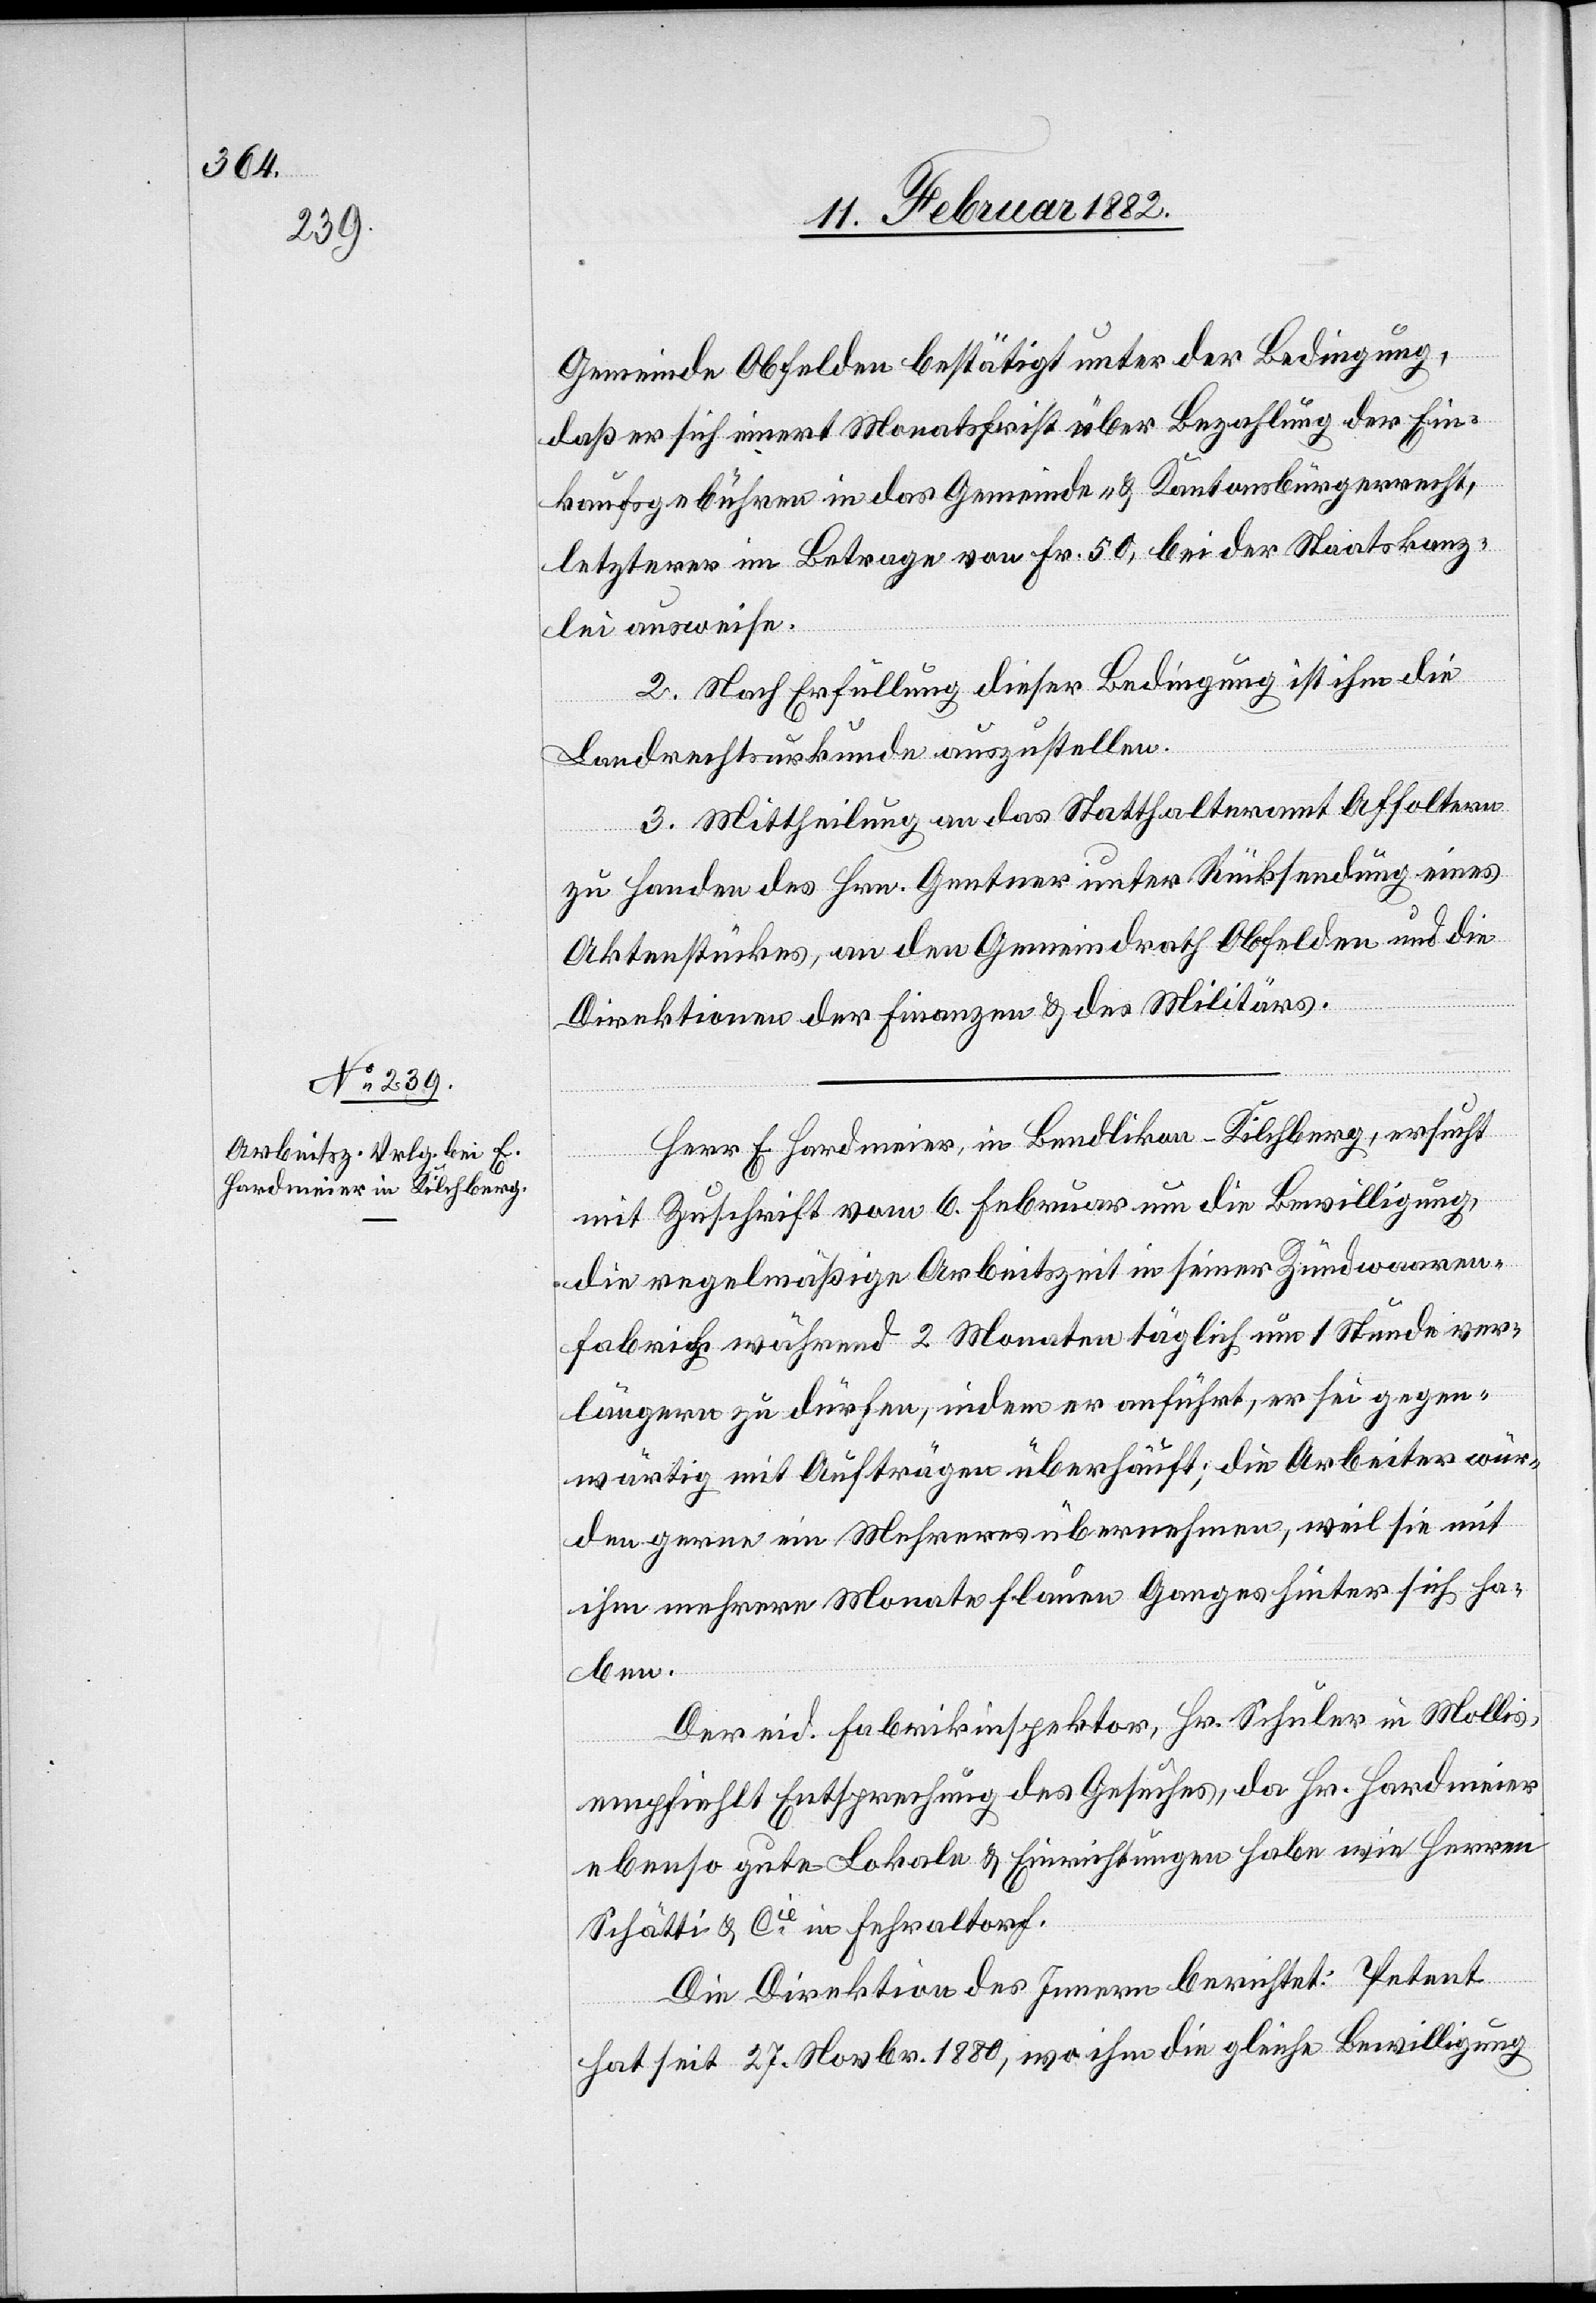
Gemeinde Obfelden bestätigt unter de Bedingung,
daß er sich innert Monatsfrist über Bezahlung der Ein¬
kaufsgebühren in das Gemeinde- & Kantonsbürgerrecht,
letzterer im Betrage von Fr. 50, bei der Staatskanz¬
lei ausweise.
2. Nach Erfüllung dieser Bedingung ist ihm die
Landrechtsurkunde auszustellen.
3. Mittheilung an das Statthalteramt Affoltern
zu Handen des Hrn. Gentner unter Rücksendung eines
Aktenstückes, an den Gemeindrath Obfelden und die
Direktion der Finanzen & des Militärs.
Herr F. Hardmeier, in Bendlikon - Kilchberg, ersucht
mit Zuschrift vom 6. Februar um die Bewilligung,
die regelmäßige Arbeitszeit in seiner Zündwaaren¬
fabrik während 2 Monaten täglich um 1 Stunde ver¬
längern zu dürfen, indem er anführt, er sei gegen¬
wärtig mit Aufträgen überhäuft; die Arbeiter wür¬
den gerne ein Mehreres übernehmen, weil sie mit
ihm mehrere Monate flauen Ganges hinter sich ha¬
ben.
Der eid. Fabrikinspektor, Hr. Schuler in Mollis,
empfiehlt Entsprechung des Gesuches, da Hr. Hardmeier
ebenso gute Lokale & Einrichtungen habe wie Herren
Schätti & Cie in Fehraltorf.
Die Direktion des Innern berichtet: Petent
hat seit 27. Novbr. 1880, wo ihm die gleiche Bewilligung